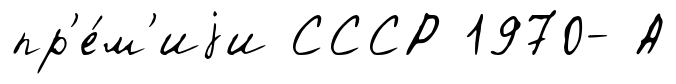
пр'е́м'иjи СССР 1970- А